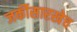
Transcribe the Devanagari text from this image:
जर्कीसारखेच